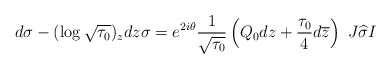
\begin{align*}d\sigma-(\log\sqrt{\tau_0})_zdz\sigma=e^{2i\theta}\frac{1}{\sqrt{\tau_0}}\left(Q_0dz+\frac{\tau_0}{4}d\overline{z}\right)\ J\widehat{\sigma}I\end{align*}